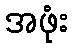
အဖုံး